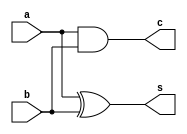
module ha_data (s, c, a, b);
output s, c;
input a, b;
assign s=a^b;
assign c=a&b;
endmodule